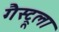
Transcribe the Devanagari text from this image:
गैस्ट्रूला